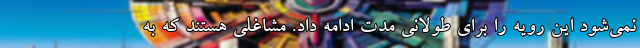
نمی‌شود این رویه را برای طولانی مدت ادامه داد. مشاغلی هستند که به